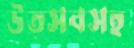
উত্সবসহ